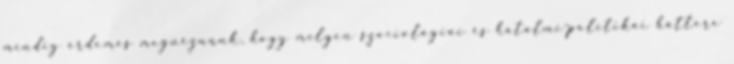
mindig érdemes megnéznünk, hogy milyen szociológiai és hatalmi-politikai háttere